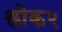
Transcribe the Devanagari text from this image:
श्लोक२